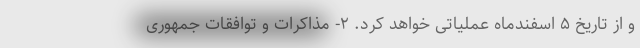
و از تاریخ ۵ اسفندماه عملیاتی خواهد کرد. ۲- مذاکرات و توافقات جمهوری